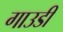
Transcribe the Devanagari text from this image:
गाउडी